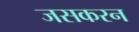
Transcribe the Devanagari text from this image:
जसकरन